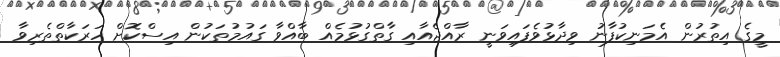
މީގެ އިތުރުން އެމަނިކުފާނު ވިދާޅުވެފައިވަނީ ރާއްޖެއާއި ގާތްގުޅުމެއް ބާއްވާ ގައުމުތަކުން އިސްކޮށް ހަރަކާތްތެރިވާ